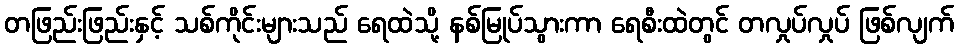
တဖြည်းဖြည်းနှင့် သစ်ကိုင်းများသည် ရေထဲသို့ နစ်မြုပ်သွားကာ ရေစီးထဲတွင် တလှုပ်လှုပ် ဖြစ်လျက်